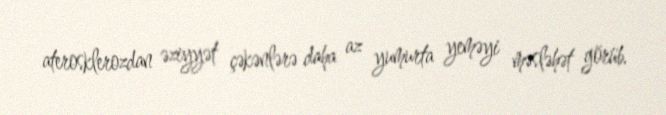
aterosklerozdan əziyyət çəkənlərə daha az yumurta yeməyi məsləhət görüb.